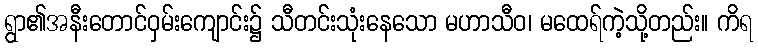
ရွာ၏အနီးတောင်ဝှမ်းကျောင်း၌ သီတင်းသုံးနေသော မဟာသီဝ၊ မထေရ်ကဲ့သို့တည်း။ ကိရ